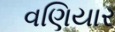
વણિયાર